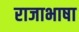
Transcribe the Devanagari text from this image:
राजाभाषा